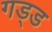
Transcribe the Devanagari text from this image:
गड्ड